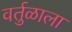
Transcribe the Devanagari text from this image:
वर्तुळाला